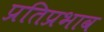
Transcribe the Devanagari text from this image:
प्रतिप्रभाव